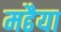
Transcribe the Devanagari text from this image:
मढैया